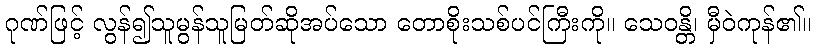
ဂုဏ်ဖြင့် လွန်၍သူမွန်သူမြတ်ဆိုအပ်သော တောစိုးသစ်ပင်ကြီးကို။ သေဝန္တိ၊ မှီဝဲကုန်၏။